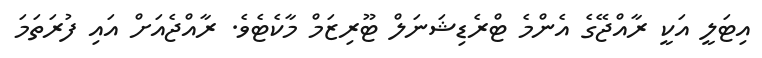
އިޓަލީ އަކީ ރާއްޖޭގެ އެންމެ ޓްރެޑިޝަނަލް ޓޫރިޒަމް މާކެޓެވެ. ރާއްޖެއަށް އައި ފުރަތަމަ